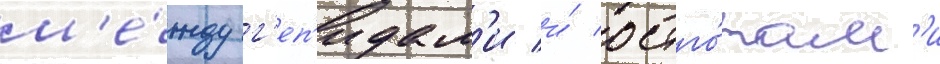
м'е́жду г'еп'идам'и и́ остго́там'и